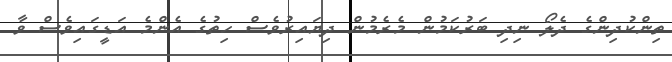
ތިންކުދިންގެ ދެލޯ ނިދި ބަރުކަމުން މެރެމުން ދިޔައިރުވެސް ހިތުގެ އެންމެ އަޑީގައިވެސް ވާ